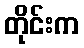
တိုင်းက